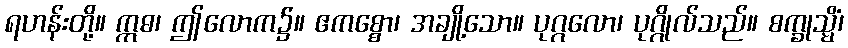
ရဟန်းတို့။ ဣဓ၊ ဤလောက၌။ ဧကစ္စော၊ အချို့သော။ ပုဂ္ဂလော၊ ပုဂ္ဂိုလ်သည်။ စက္ခုသ္မိံ၊